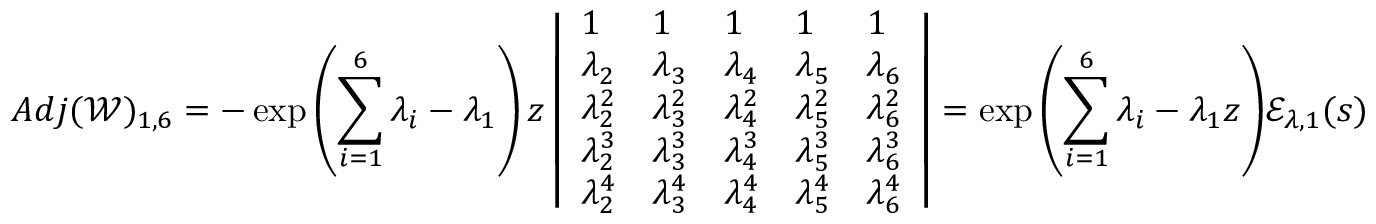
A d j ( \mathscr { W } ) _ { 1 , 6 } = - \exp { \left( \sum _ { i = 1 } ^ { 6 } \lambda _ { i } - \lambda _ { 1 } \right) z } \left| \begin{array} { l l l l l } { 1 } & { 1 } & { 1 } & { 1 } & { 1 } \\ { \lambda _ { 2 } } & { \lambda _ { 3 } } & { \lambda _ { 4 } } & { \lambda _ { 5 } } & { \lambda _ { 6 } } \\ { \lambda _ { 2 } ^ { 2 } } & { \lambda _ { 3 } ^ { 2 } } & { \lambda _ { 4 } ^ { 2 } } & { \lambda _ { 5 } ^ { 2 } } & { \lambda _ { 6 } ^ { 2 } } \\ { \lambda _ { 2 } ^ { 3 } } & { \lambda _ { 3 } ^ { 3 } } & { \lambda _ { 4 } ^ { 3 } } & { \lambda _ { 5 } ^ { 3 } } & { \lambda _ { 6 } ^ { 3 } } \\ { \lambda _ { 2 } ^ { 4 } } & { \lambda _ { 3 } ^ { 4 } } & { \lambda _ { 4 } ^ { 4 } } & { \lambda _ { 5 } ^ { 4 } } & { \lambda _ { 6 } ^ { 4 } } \end{array} \right| = \exp { \left( \sum _ { i = 1 } ^ { 6 } \lambda _ { i } - \lambda _ { 1 } z \right) } \mathscr { E } _ { \lambda , 1 } ( s )